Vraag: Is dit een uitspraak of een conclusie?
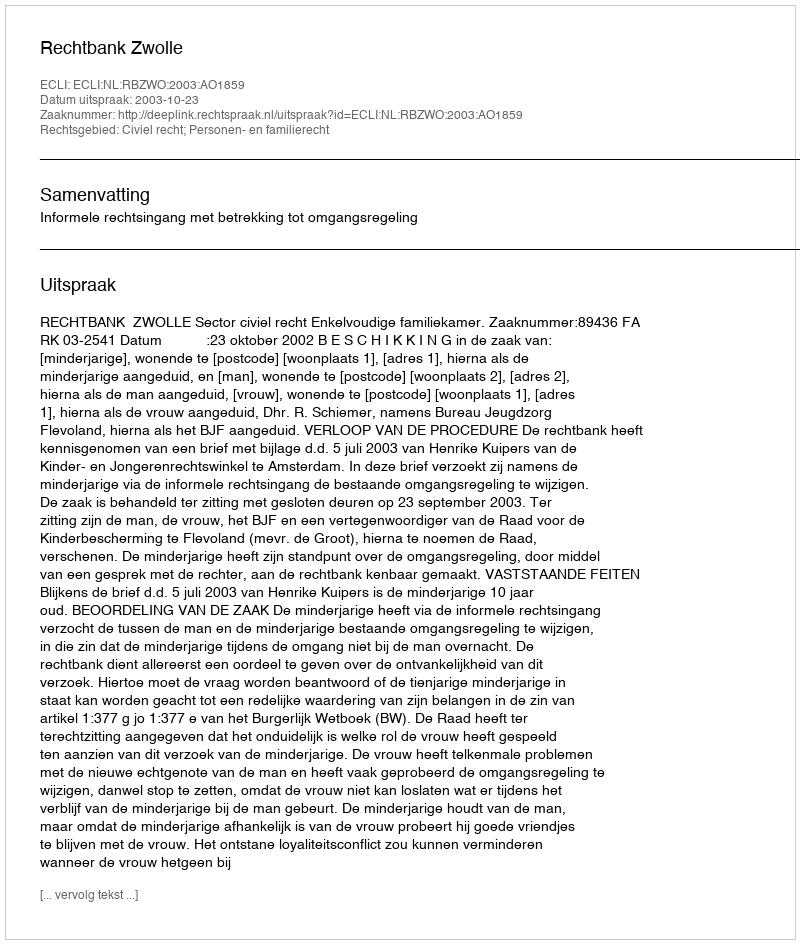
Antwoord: Uitspraak